Madras plague regulations in force outside the Presidency town - Volume 3
Disease focus: Plague
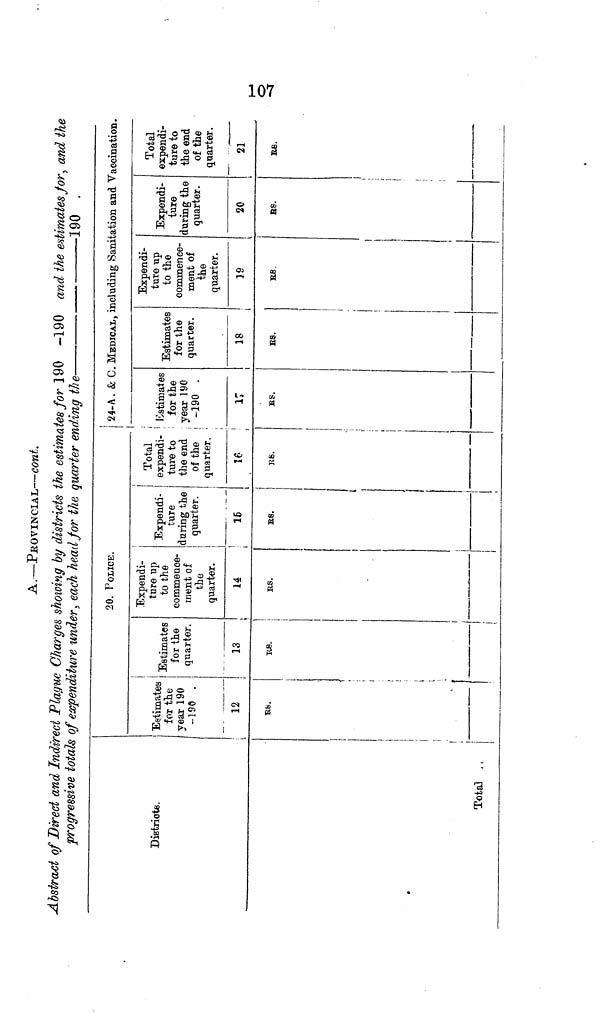
I—«
o
-T
A.—PROVINCIAL—cont.
Abstract of Direct and Indirect Plague Charges showing by districts the estimates for 190 -190 and the estimates Jor, and the
progressive totals of expenditure under., each head for the quarter ending the
190 .
District*.
Tota] , .
20. POLICE.
Estimates
for the
year 190
-196 .
12
Ufa.
,
Estimates
for the
quarter.
13
K».
Expendi-
ture up
to the
commence-
ment of
the
quarter.
Expendi-
ture
during the
quarter.
¡
i
1
14
'
H
K.S.
i
£6.
i
!
i
Total
! expendi-
ture to
the end
of the
quarter.
24- A.. & C. MEDICAL, including Sanitation and Vaccination.
Estimates
for the
year 190
-190 .
16
'
17
v
R8.
BS.
Estimates
for the
quarter.
18
US.
Expendi-
ture up
to the
commence-
ment of
ihe
quarter.
19
RS
!
'
Expendi-
ture
during the
quarter.
20
BS.
Total
expendi-
ture to
the end
of the
quarter.
21
He.